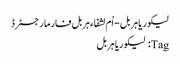
﻿ لیکوریا ہربل - اُم لشفاء ہربل فارما رجسٹرڈ
Tag: لیکوریا ہربل